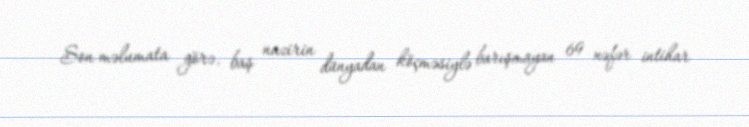
Son məlumata görə, baş nazirin dünyadan köçməsiylə barışmayan 69 nəfər intihar